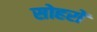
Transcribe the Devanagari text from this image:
सोहरों